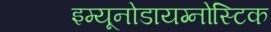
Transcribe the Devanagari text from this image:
इम्यूनोडायग्नोस्टिक